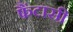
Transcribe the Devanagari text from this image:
फैंटासी